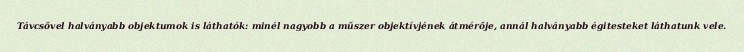
Távcsővel halványabb objektumok is láthatók: minél nagyobb a műszer objektívjének átmérője, annál halványabb égitesteket láthatunk vele.